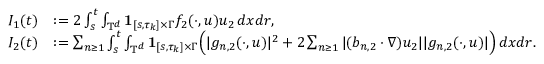
\begin{array} { r l } { I _ { 1 } ( t ) } & { : = 2 \int _ { s } ^ { t } \int _ { \mathbb { T } ^ { d } } { { \bf 1 } } _ { [ s , \tau _ { k } ] \times \Gamma } f _ { 2 } ( \cdot , u ) u _ { 2 } \, d x d r , } \\ { I _ { 2 } ( t ) } & { : = \sum _ { n \geq 1 } \int _ { s } ^ { t } \int _ { \mathbb { T } ^ { d } } { { \bf 1 } } _ { [ s , \tau _ { k } ] \times \Gamma } \Big ( | g _ { n , 2 } ( \cdot , u ) | ^ { 2 } + 2 \sum _ { n \geq 1 } | ( b _ { n , 2 } \cdot \nabla ) u _ { 2 } | | g _ { n , 2 } ( \cdot , u ) | \Big ) \, d x d r . } \end{array}